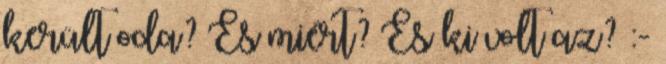
került oda? És miért? És ki volt az? :-